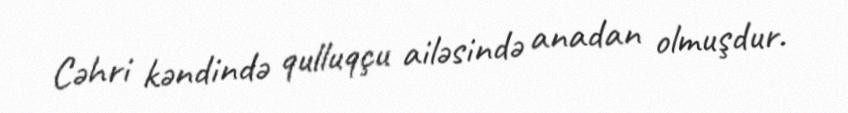
Cəhri kəndində qulluqçu ailəsində anadan olmuşdur.